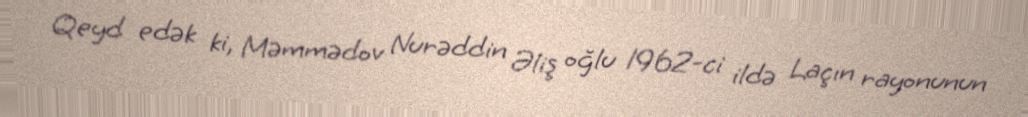
Qeyd edək ki, Məmmədov Nurəddin Əliş oğlu 1962-ci ildə Laçın rayonunun